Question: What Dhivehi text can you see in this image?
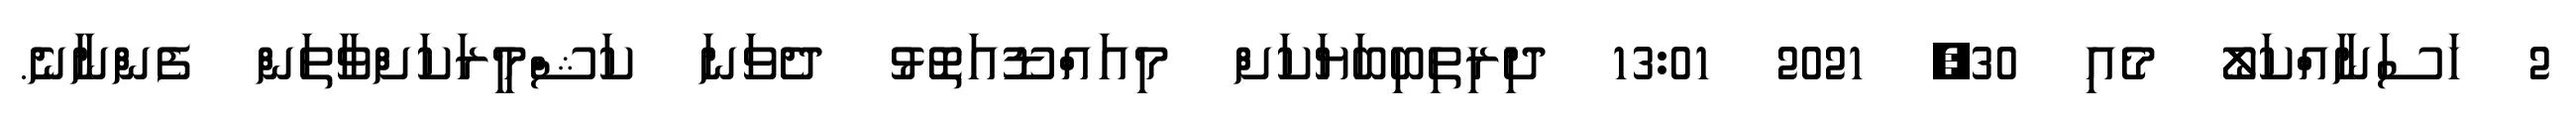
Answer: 2 ހަސަނާއްކަލޯ މެއި 30, 2021 13:01 ދިރިތިބިބަޔަކަށް މިއައްޑޫއަތޮޅު ދެވަނަ ކަޝްމީރަކަށްވާތަން ފެންނާނެ.